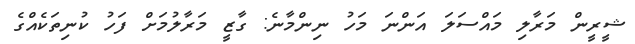
ޝީރީން މަރާލި މައްސަލަ އަންނަ މަހު ނިންމާނެ: ގާޒީ މަރާލުމަށް ފަހު ކުނިތަކެއްގެ